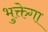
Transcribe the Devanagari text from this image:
भुक्तेगा